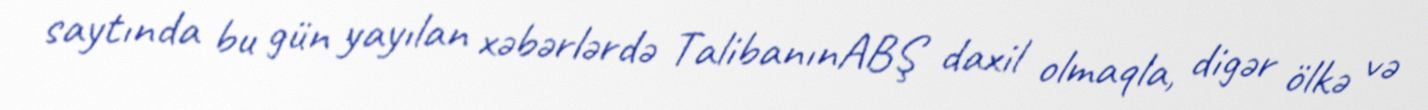
saytında bu gün yayılan xəbərlərdə TalibanınABŞ daxil olmaqla, digər ölkə və